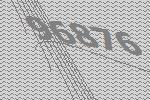
96876